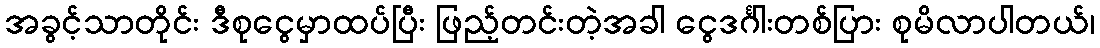
အခွင့်သာတိုင်း ဒီစုငွေမှာထပ်ပြီး ဖြည့်တင်းတဲ့အခါ ငွေဒင်္ဂါးတစ်ပြား စုမိလာပါတယ်၊